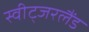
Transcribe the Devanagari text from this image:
स्वीट्‍जरलैंड